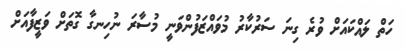
ހަތް ލައްކައަށް ވުރެ ގިނަ ސަރުކާރު މުވައްޒަފުންވަނީ މުސާރަ ނުހިނގާ ގޮތަށް ވަޒީފާއަށް